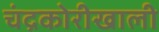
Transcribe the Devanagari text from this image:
चंद्रकोरीखाली